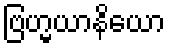
ဗြဟ္မယာနိယော